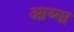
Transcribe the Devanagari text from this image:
आय्मा